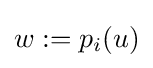
w:=p_{i}(u)